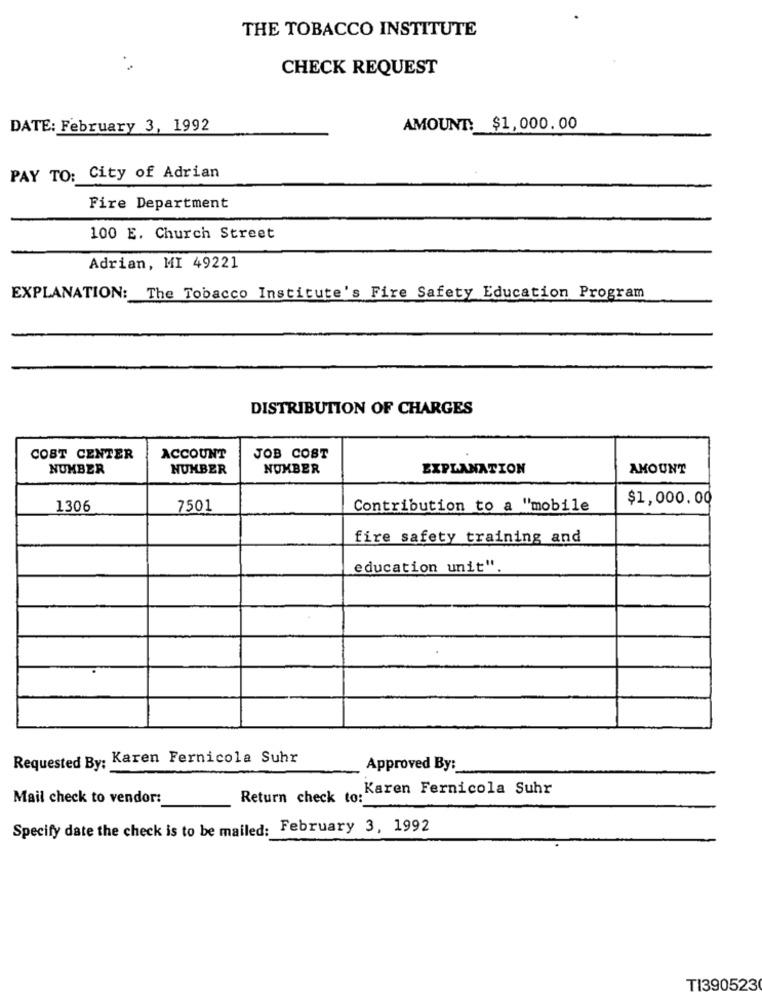
THE TOBACCO INSTITUTE
CHECK REQUEST
DATE: February 3, 1992
AMOUNT: $1,000.00
PAY TO: City of Adrian
Fire Department
100 E. Church Street
Adrian, MI 49221
EXPLANATION: The Tobacco Institute's Fire Safety Education Program
DISTRIBUTION OF CHARGES
COST CENTER
ACCOUNT
JOB COST
NUMBER
NUMBER
NUMBER
EXPLANATION
AMOUNT
$1,000.00
1306
7501
Contribution to a "mobile
fire safety training and
education unit"
Requested By: Karen Fernicola Suhr
Approved By:
Karen Fernicola Suhr
Mail check to vendor:
Return check to:
Specify date the check is to be mailed: February 3, 1992
TI390523